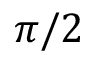
\pi / 2